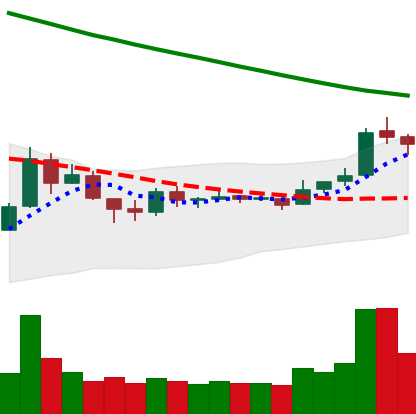
Ticker: TRX-USD
Chart end date: 2018-10-09
Forward return: -9.348%
Label: down_7plus